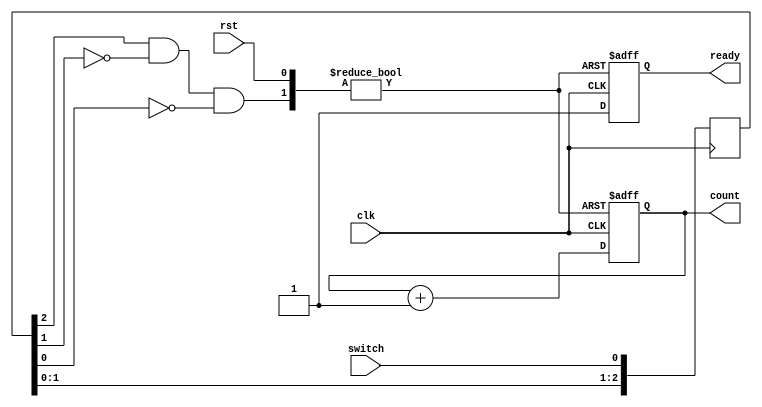
module reset_condition_example (
    input wire clk,        // Clock signal
    input wire rst,        // Reset signal (active-high)
    input wire switch,     // Input from a mechanical switch for debouncing
    output reg [7:0] count, // 8-bit counter
    output reg ready       // Output signal
);

// Debounce logic for the reset signal
reg [2:0] switch_sync;   // Shift register for debouncing
always @(posedge clk) begin
    switch_sync <= {switch_sync[1:0], switch}; // Shift register to synchronize switch
end

wire debounced_rst = (switch_sync[2] && ~switch_sync[1] && ~switch_sync[0]); // Rising edge detection

// Asynchronous reset
always @(posedge clk or posedge rst or posedge debounced_rst) begin
    if (rst) begin
        count <= 8'b0;      // Reset count to 0
        ready <= 1'b0;      // Clear ready signal
    end else if (debounced_rst) begin
        count <= 8'b0;      // Reset count to 0 on debounced switch press
        ready <= 1'b0;      // Clear ready signal
    end else begin
        // Normal operation
        count <= count + 1; // Increment count
        ready <= 1'b1;       // Set ready signal
    end
end

endmodule